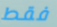
فقط